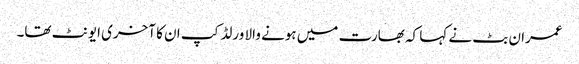
عمران بٹ نے کہا کہ بھارت میں ہونے والا ورلڈ کپ ان کا آخری ایونٹ تھا۔